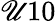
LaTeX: {\mathscr{U}10}